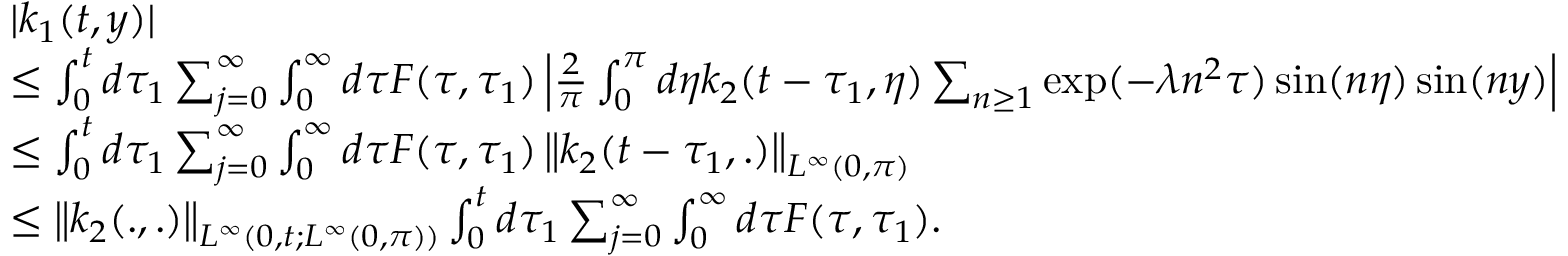
\begin{array} { r l } & { | k _ { 1 } ( t , y ) | } \\ & { \leq \int _ { 0 } ^ { t } d \tau _ { 1 } \sum _ { j = 0 } ^ { \infty } \int _ { 0 } ^ { \infty } d \tau F ( \tau , \tau _ { 1 } ) \left| \frac { 2 } { \pi } \int _ { 0 } ^ { \pi } d \eta k _ { 2 } ( t - \tau _ { 1 } , \eta ) \sum _ { n \geq 1 } \exp ( - \lambda n ^ { 2 } \tau ) \sin ( n \eta ) \sin ( n y ) \right| } \\ & { \leq \int _ { 0 } ^ { t } d \tau _ { 1 } \sum _ { j = 0 } ^ { \infty } \int _ { 0 } ^ { \infty } d \tau F ( \tau , \tau _ { 1 } ) \left\| k _ { 2 } ( t - \tau _ { 1 } , . ) \right\| _ { L ^ { \infty } ( 0 , \pi ) } } \\ & { \leq \left\| k _ { 2 } ( . , . ) \right\| _ { L ^ { \infty } ( 0 , t ; L ^ { \infty } ( 0 , \pi ) ) } \int _ { 0 } ^ { t } d \tau _ { 1 } \sum _ { j = 0 } ^ { \infty } \int _ { 0 } ^ { \infty } d \tau F ( \tau , \tau _ { 1 } ) . } \end{array}